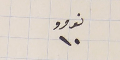
نومرو ١٠